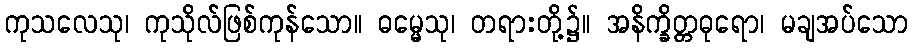
ကုသလေသု၊ ကုသိုလ်ဖြစ်ကုန်သော။ ဓမ္မေသု၊ တရားတို့၌။ အနိက္ခိတ္တဓုရော၊ မချအပ်သော